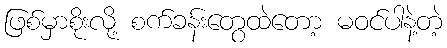
ဖြစ်မှာစိုးလို့ စက်ခန်းတွေထဲတော့ မဝင်ပါနဲ့တဲ့